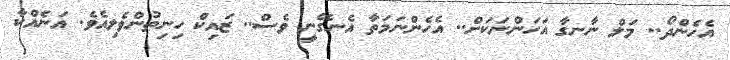
އެހެންދޯ.. މަލް ނާނގާ އަހަންނަކަށް.. އެހެންނަމަތާ އެނގޭނީ ވެސް.. ޒައިކް ހިނިތުންވެލިއެވެ. އަނެއްކާ